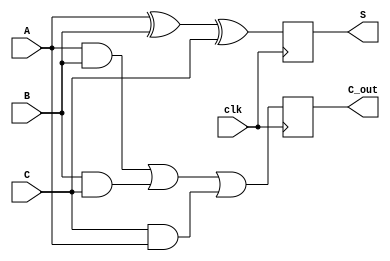
module DynamicCarrySaveAdder (
    input wire [N-1:0] A, // First input
    input wire [N-1:0] B, // Second input
    input wire [N-1:0] C, // Third input
    input wire clk,       // Clock signal
    output reg [N-1:0] S, // Sum output
    output reg [N-1:0] C_out // Carry output
);
    parameter N = 8; // Width of the inputs and outputs

    // Internal signals for dynamic logic
    reg [N-1:0] sum_temp;
    reg [N-1:0] carry_temp;

    // Precharge phase
    always @(posedge clk) begin
        // Precharge outputs to 0
        sum_temp <= {N{1'b0}};
        carry_temp <= {N{1'b0}};
    end

    // Evaluate phase
    always @(posedge clk) begin
        // Compute sum and carry using dynamic logic principles
        // Sum = A XOR B XOR C
        sum_temp = A ^ B ^ C;

        // Carry = (A AND B) OR (B AND C) OR (C AND A)
        carry_temp = (A & B) | (B & C) | (C & A);

        // Assign the computed values to outputs
        S <= sum_temp;
        C_out <= carry_temp;
    end
endmodule